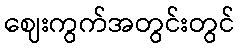
ဈေးကွက်အတွင်းတွင်